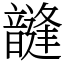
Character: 韼